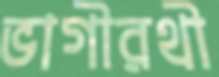
ভাগীরথী